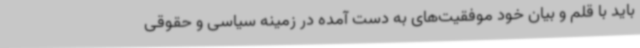
باید با قلم و بیان خود موفقیت‌های به دست آمده در زمینه سیاسی و حقوقی